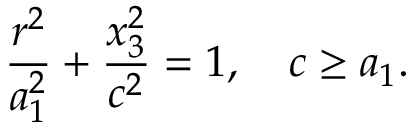
\displaystyle \frac { r ^ { 2 } } { a _ { 1 } ^ { 2 } } + \frac { x _ { 3 } ^ { 2 } } { c ^ { 2 } } = 1 , \quad c \geq a _ { 1 } .